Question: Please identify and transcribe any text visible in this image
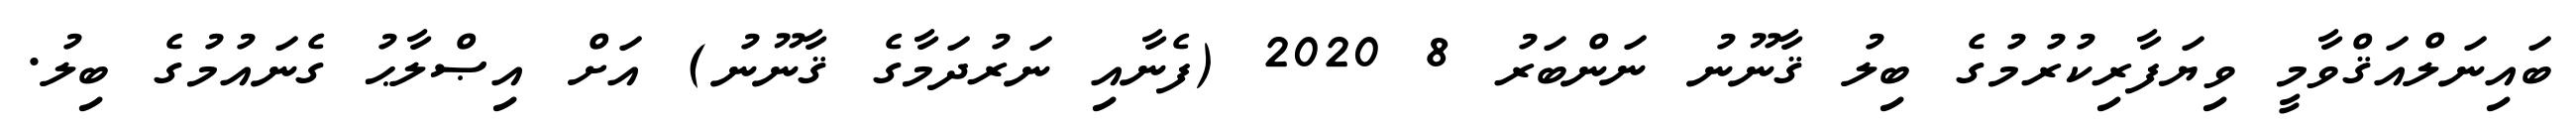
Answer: ބައިނަލްއަޤްވާމީ ވިޔަފާރިކުރުމުގެ ބިލު ޤާނޫނު ނަންބަރު 8 2020 (ފެނާއި ނަރުދަމާގެ ޤާނޫނު) އަށް އިޞްލާޙު ގެނައުމުގެ ބިލު.